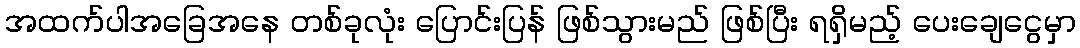
အထက်ပါအခြေအနေ တစ်ခုလုံး ပြောင်းပြန် ဖြစ်သွားမည် ဖြစ်ပြီး ရရှိမည့် ပေးချေငွေမှာ